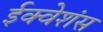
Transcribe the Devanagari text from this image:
ईक्वेशंस